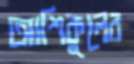
আশিকুলের